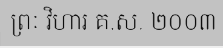
ព្រៈ វិហារ គ.ស. ២០០៣